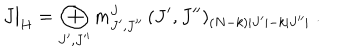
J \bigr | _ { H } = \bigoplus _ { J ^ { \prime } , J ^ { \prime \prime } } m _ { J ^ { \prime } , J ^ { \prime \prime } } ^ { J } \, ( J ^ { \prime } , J ^ { \prime \prime } ) _ { ( N - k ) | J ^ { \prime } | - k | J ^ { \prime \prime } | } \; .